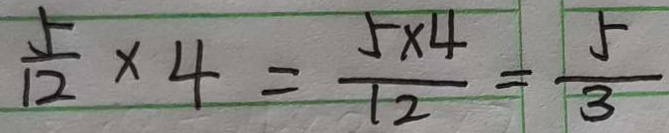
\frac { 5 } { 1 2 } \times 4 = \frac { 5 \times 4 } { 1 2 } = \frac { 5 } { 3 }